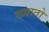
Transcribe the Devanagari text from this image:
ख्यातो